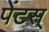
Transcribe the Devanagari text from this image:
पेंटस्